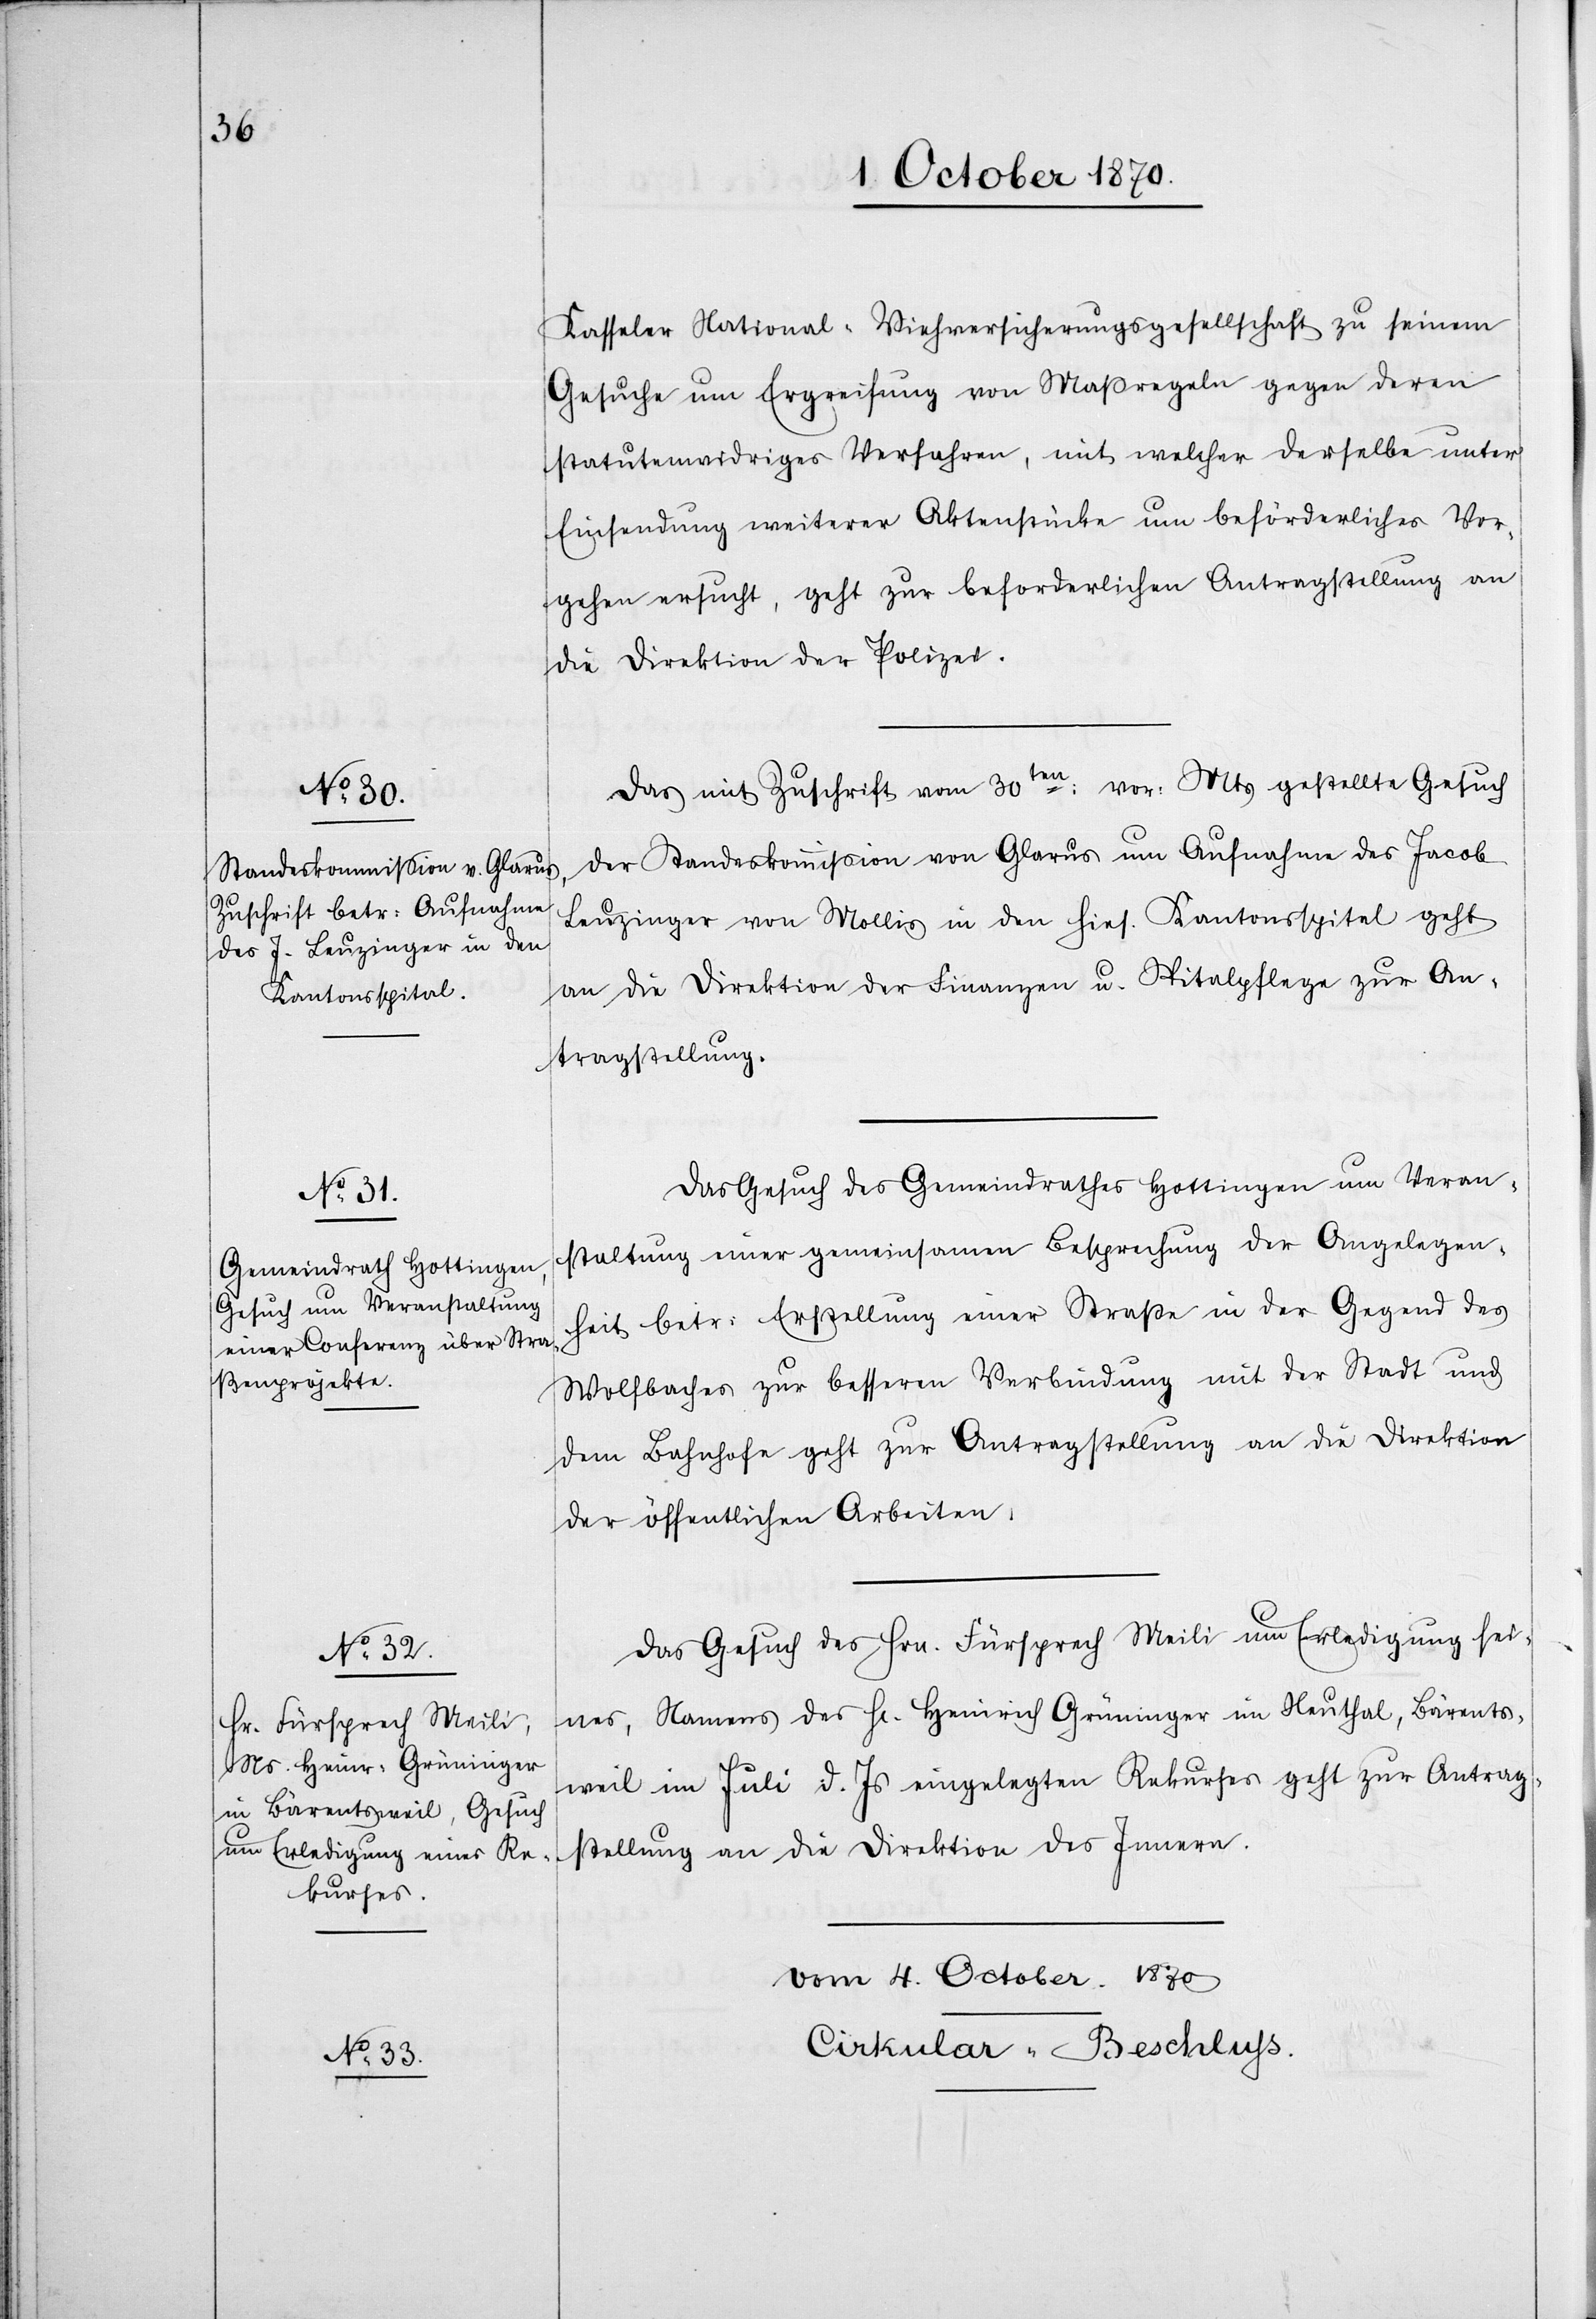
Kasseler National-Viehversicherungsgesellschaft zu seinem
Gesuche um Ergreifung von Maßregeln gegen deren
statutenwidriges Verfahren, mit welcher derselbe unter
Einsendung weiterer Aktenstücke um beförderliches Vor¬
gehen ersucht, geht zur beförderlichen Antragstellung an
die Direktion der Polizei.
Das mit Zuschrift vom 30ten: vor. Mts gestellte Gesuch
der Standeskommission von Glarus um Aufnahme des Jacob
Leuzinger von Mollis in den hies. Kantonsspital geht
an die Direktion der Finanzen u. Spitalpflege zur An¬
tragstellung.
Das Gesuch des Gemeindrathes Hottingen um Veran¬
staltung einer gemeinsamen Besprechung der Angelegen¬
heit betr: Erstellung einer Straße in der Gegend des
Wolfbaches zur besseren Verbindung mit der Stadt und
dem Bahnhofe geht zur Antragstellung an die Direktion
der öffentlichen Arbeiten.
Das Gesuch des Hrn. Fürsprech Meili um erledigung sei¬
nes, Namens des Hr. Heinrich Grüninger im Neuthal, Bärents¬
weil im Juli d. Js. eingelegten Rekurses geht zur Antrag¬
stellung an die Direktion des Innern.
Vom 4. October 1870.
Cirkular-Beschluss.